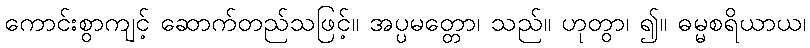
ကောင်းစွာကျင့် ဆောက်တည်သဖြင့်။ အပ္ပမတ္တော၊ သည်။ ဟုတွာ၊ ၍။ ဓမ္မစရိယာယ၊